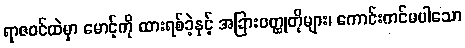
ရာဇဝင်ထဲမှာ မောင့်ကို ထားရစ်ခဲ့နှင့် အခြားဝတ္ထုတိုများ၊ ကောင်းကင်မပါသော